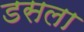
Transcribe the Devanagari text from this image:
डसला